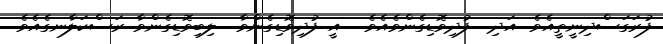
ފުރަގަސްދިނީތީއެވެ. އަދި  ފުދިވޮޑިގެންވެއެވެ.  އީ ފުދިވޮޑިގެންވާ  ލިބިވޮޑިގެންވާ ރަސްކަލާނގެއެވެ.